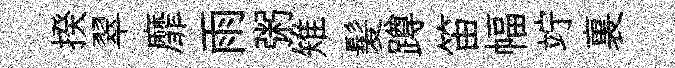
揆翠靡雨粥雉髪蹲笛幅竚裏